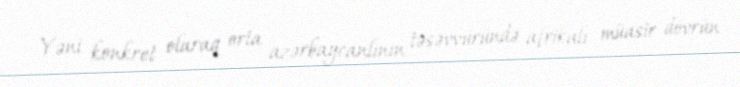
Yəni konkret olaraq orta azərbaycanlının təsəvvüründə afrikalı müasir dövrün